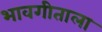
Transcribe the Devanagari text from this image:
भावगीताला